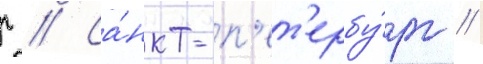
г // Са́нкт-п'ет'ербу́рг /